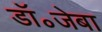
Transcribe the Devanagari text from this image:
डॉ॰जेबा